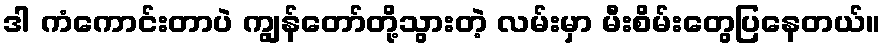
ဒါ ကံကောင်းတာပဲ ကျွန်တော်တို့သွားတဲ့ လမ်းမှာ မီးစိမ်းတွေပြနေတယ်။